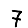
Digit: 7